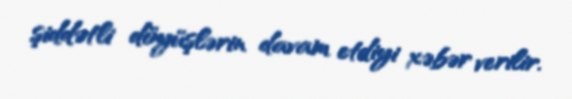
şiddətli döyüşlərin davam etdiyi xəbər verilir.